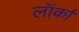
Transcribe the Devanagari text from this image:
लॉर्का